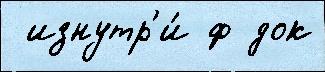
 изнутр'и́ ф док